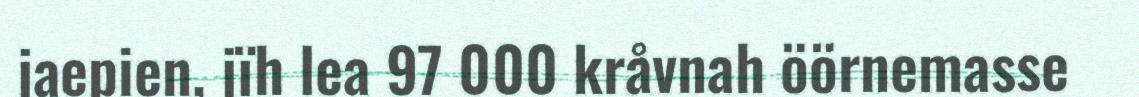
jaepien, jïh lea 97 000 kråvnah öörnemasse